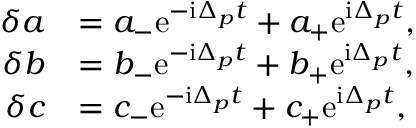
\begin{array} { r l } { \delta a } & { = a _ { - } \mathrm { e } ^ { - \mathrm { i } \Delta _ { p } t } + a _ { + } \mathrm { e } ^ { \mathrm { i } \Delta _ { p } t } , } \\ { \delta b } & { = b _ { - } \mathrm { e } ^ { - \mathrm { i } \Delta _ { p } t } + b _ { + } \mathrm { e } ^ { \mathrm { i } \Delta _ { p } t } , } \\ { \delta c } & { = c _ { - } \mathrm { e } ^ { - \mathrm { i } \Delta _ { p } t } + c _ { + } \mathrm { e } ^ { \mathrm { i } \Delta _ { p } t } , } \end{array}